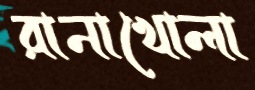
রানাখোলা